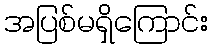
အပြစ်မရှိကြောင်း